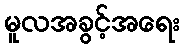
မူလအခွင့်အရေး